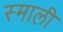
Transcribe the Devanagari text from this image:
स्माली